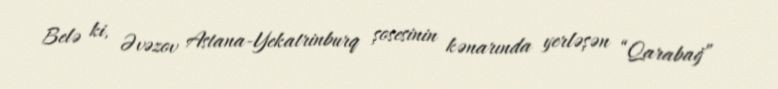
Belə ki, Əvəzov Astana-Yekatrinburq şosesinin kənarında yerləşən “Qarabağ”